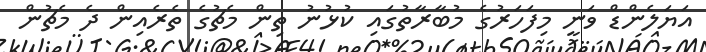
އަޔަލެންޑް ވަނީ މިފަހަރުގެ މުބާރާތުގައި ކުޅުނު ތިން މެޗުގެ ތެރެއިން ދެ މެޗުން